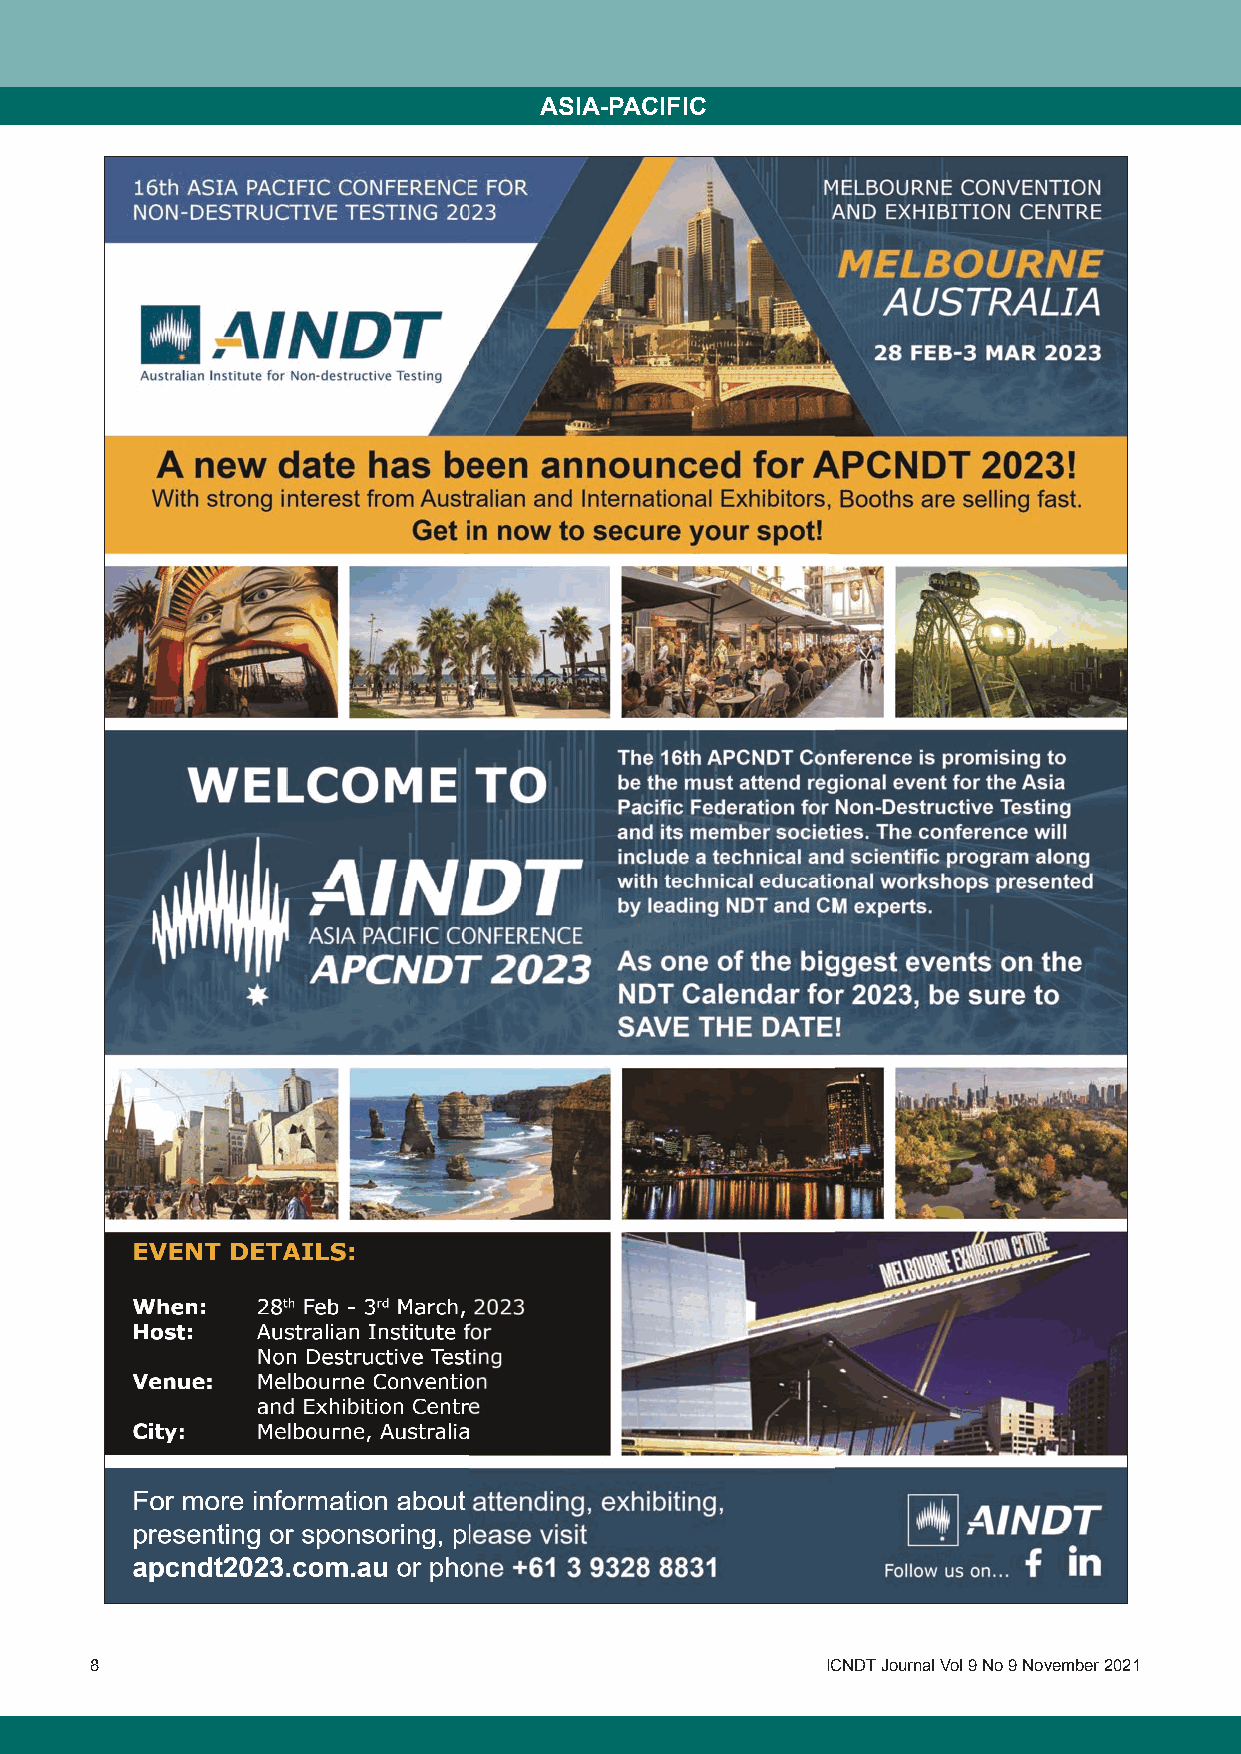
ASIA-PACIFIC
 8                                                ICNDT Journal Vol 9 No 9 November 2021